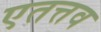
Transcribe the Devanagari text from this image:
एतत्तव